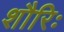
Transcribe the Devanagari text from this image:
शौरिः